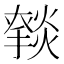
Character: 𰟥